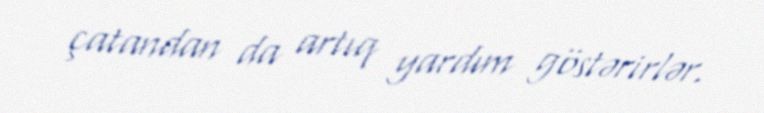
çatandan da artıq yardım göstərirlər.